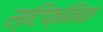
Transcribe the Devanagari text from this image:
स्टिफ्निक